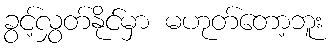
ခွင့်လွှတ်နိုင်မှာ မဟုတ်တော့ဘူး